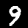
Digit: 9